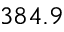
3 8 4 . 9